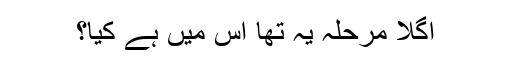
اگلا مرحلہ یہ تھا اس میں ہے کیا؟